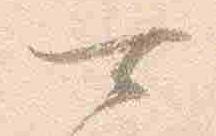
可